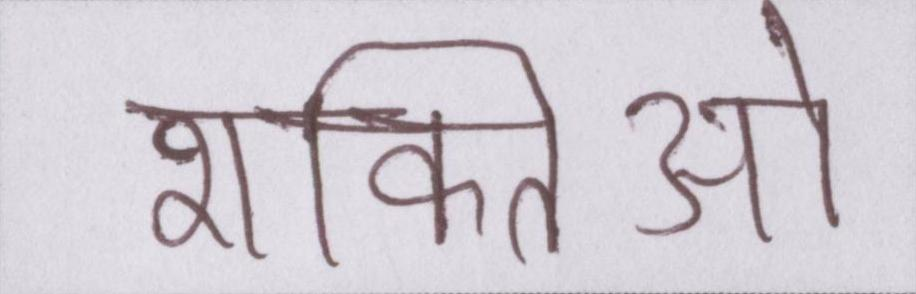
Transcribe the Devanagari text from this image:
शक्तिओ